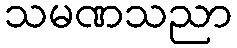
သမဏသညာ